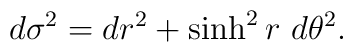
d\sigma^2 = dr^2 + \sinh^2 r \ d\theta^2.